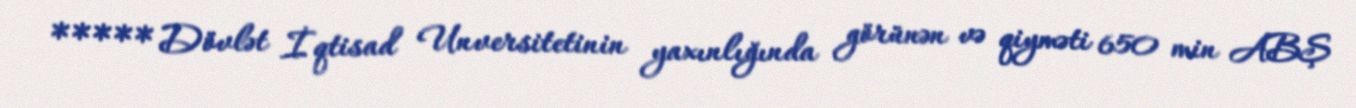
***** Dövlət İqtisad Unversitetinin yaxınlığında görünən və qiyməti 650 min ABŞ